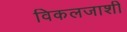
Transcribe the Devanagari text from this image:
विकलजाशी